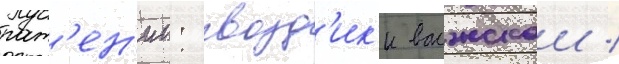
раст'ен'ии: гвозд'ик'и волжскои /